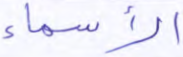
الأسماء